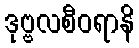
ဒုဗ္ဗလစီဝရာနိ